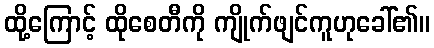
ထို့ကြောင့် ထိုစေတီကို ကျိုက်ဖျင်ကူဟုခေါ်၏။